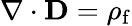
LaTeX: \nabla\cdot\mathbf{D}=\rho_{\mathrm{f}}